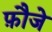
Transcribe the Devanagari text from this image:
फ़ौजे